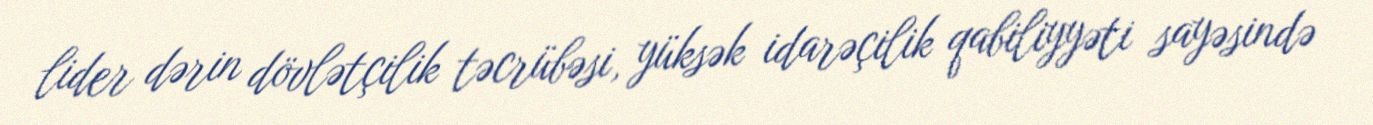
lider dərin dövlətçilik təcrübəsi, yüksək idarəçilik qabiliyyəti sayəsində